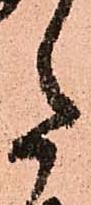
た